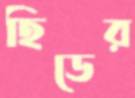
হিডের